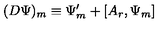
( D \Psi ) _ { m } \equiv \Psi _ { m } ^ { \prime } + [ A _ { r } , \Psi _ { m } ]